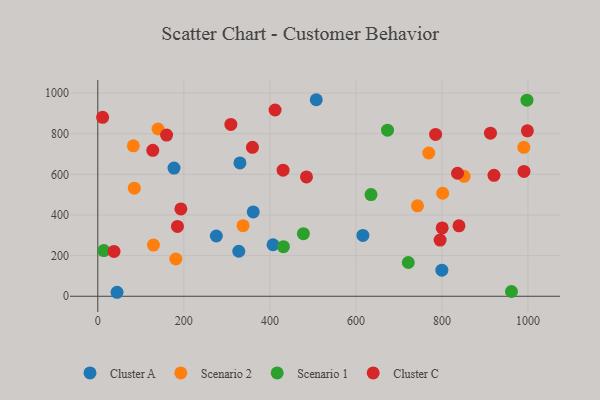
{"axis": {"x": "Ad Spend", "y": "Salary"}, "legend": ["Cluster A", "Cluster C", "Scenario 1", "Scenario 2"], "data": [{"x": "616.2", "y": 299.5, "type": "Cluster A"}, {"x": "44.7", "y": 19.6, "type": "Cluster A"}, {"x": "799.8", "y": 128.2, "type": "Cluster A"}, {"x": "361.3", "y": 414.9, "type": "Cluster A"}, {"x": "407.3", "y": 253.6, "type": "Cluster A"}, {"x": "177.2", "y": 630.9, "type": "Cluster A"}, {"x": "327.7", "y": 221.5, "type": "Cluster A"}, {"x": "507.8", "y": 967.2, "type": "Cluster A"}, {"x": "275.5", "y": 296.6, "type": "Cluster A"}, {"x": "330.4", "y": 656.0, "type": "Cluster A"}, {"x": "743.2", "y": 445.1, "type": "Scenario 2"}, {"x": "801.7", "y": 507.0, "type": "Scenario 2"}, {"x": "769.3", "y": 704.9, "type": "Scenario 2"}, {"x": "181.3", "y": 183.3, "type": "Scenario 2"}, {"x": "337.6", "y": 347.3, "type": "Scenario 2"}, {"x": "84.9", "y": 532.1, "type": "Scenario 2"}, {"x": "129.3", "y": 251.7, "type": "Scenario 2"}, {"x": "990.3", "y": 733.1, "type": "Scenario 2"}, {"x": "851.5", "y": 590.2, "type": "Scenario 2"}, {"x": "140.1", "y": 823.1, "type": "Scenario 2"}, {"x": "82.6", "y": 740.1, "type": "Scenario 2"}, {"x": "673.5", "y": 817.1, "type": "Scenario 1"}, {"x": "477.9", "y": 307.8, "type": "Scenario 1"}, {"x": "721.8", "y": 166.1, "type": "Scenario 1"}, {"x": "13.9", "y": 224.6, "type": "Scenario 1"}, {"x": "961.6", "y": 23.5, "type": "Scenario 1"}, {"x": "431.5", "y": 244.0, "type": "Scenario 1"}, {"x": "635.1", "y": 500.2, "type": "Scenario 1"}, {"x": "997.6", "y": 964.9, "type": "Scenario 1"}, {"x": "990.7", "y": 614.2, "type": "Cluster C"}, {"x": "359.5", "y": 733.0, "type": "Cluster C"}, {"x": "800.6", "y": 336.4, "type": "Cluster C"}, {"x": "193.1", "y": 430.0, "type": "Cluster C"}, {"x": "485.1", "y": 587.5, "type": "Cluster C"}, {"x": "912.8", "y": 802.8, "type": "Cluster C"}, {"x": "11.2", "y": 880.5, "type": "Cluster C"}, {"x": "412.1", "y": 916.7, "type": "Cluster C"}, {"x": "839.6", "y": 346.8, "type": "Cluster C"}, {"x": "998.6", "y": 814.2, "type": "Cluster C"}, {"x": "785.2", "y": 796.3, "type": "Cluster C"}, {"x": "127.8", "y": 718.3, "type": "Cluster C"}, {"x": "921.0", "y": 595.2, "type": "Cluster C"}, {"x": "836.2", "y": 605.3, "type": "Cluster C"}, {"x": "309.3", "y": 845.6, "type": "Cluster C"}, {"x": "795.7", "y": 276.5, "type": "Cluster C"}, {"x": "37.7", "y": 220.8, "type": "Cluster C"}, {"x": "159.9", "y": 793.0, "type": "Cluster C"}, {"x": "185.2", "y": 343.8, "type": "Cluster C"}, {"x": "430.7", "y": 620.3, "type": "Cluster C"}]}